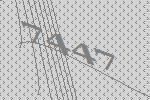
7447